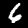
Label: 6